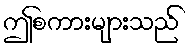
ဤစကားများသည်